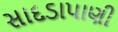
સાદડાપાણી